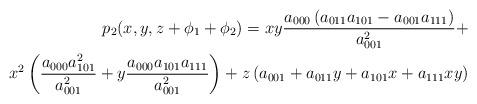
LaTeX: \begin{align*}p_2(x,y,z+\phi_1 + \phi_2) = xy \frac{ a_{000}\left( a_{011}a_{101} - a_{001}a_{111}\right)}{a_{001}^2} +\\ x^2 \left( \frac{a_{000}a_{101}^2}{a_{001}^2} + y \frac{a_{000}a_{101}a_{111}}{a_{001}^2} \right)+ z\left( a_{001} + a_{011}y + a_{101}x + a_{111}xy\right)\end{align*}